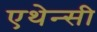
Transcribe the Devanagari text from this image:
एथेन्सी